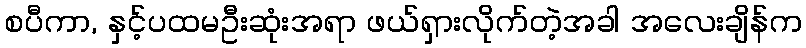
စပီကာ, နှင့်ပထမဦးဆုံးအရာ ဖယ်ရှားလိုက်တဲ့အခါ အလေးချိန်က